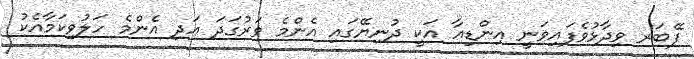
ފޭބަރ ވިދާޅުވެފައިވަނީ އިންޑިއާ އަކީ ދުނިޔޭގައި އެންމެ ވަރުގަދަ އަދި އެންމެ ހަލުވިކަމާއެކު